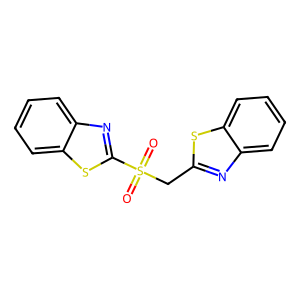
SMILES: O=S(=O)(Cc1nc2ccccc2s1)c1nc2ccccc2s1
Inhibits HIV replication: No